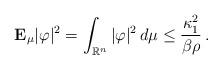
LaTeX: \begin{align*} \mathbf{E}_\mu |\varphi|^2 = \int_{\mathbb{R}^n} |\varphi|^2\,d\mu \le \frac{\kappa_1^2}{\beta\rho}\,. \end{align*}